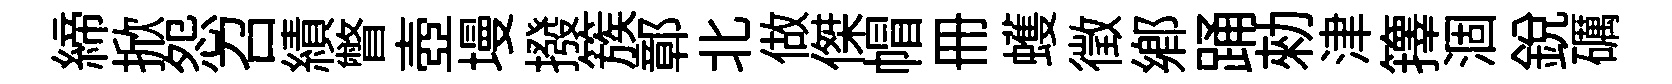
締掀怨召績瞥壺墁撥簇鄣北做傑帽册蠖徵鄉踊勑津籜涸銳礪